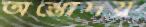
অস্তোদয়